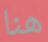
هنا